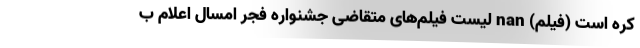
کره است (فیلم) nan لیست فیلم‌های متقاضی جشنواره فجر امسال اعلام ب